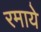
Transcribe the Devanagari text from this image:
रमाये